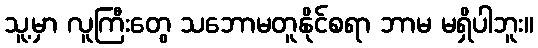
သူ့မှာ လူကြီးတွေ သဘောမတူနိုင်စရာ ဘာမ မရှိပါဘူး။